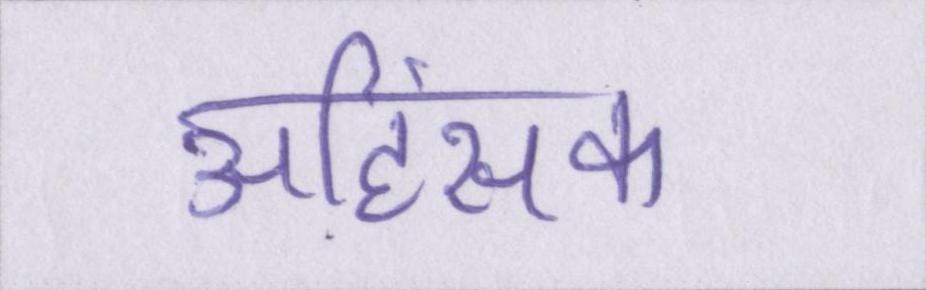
अहिंसक